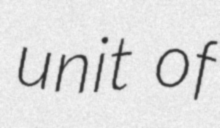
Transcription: unit of